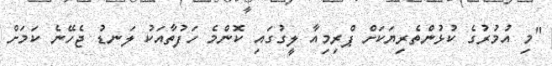
"މި އުުމުރުގެ ކުޅުންތެރިޔަކަށް ޕްރިމިއާ ލީގުގައި ކޮންމެ ހަފުތާއަކު ލަނޑު ޖެހޭނެ ކަމަށް